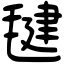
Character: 毽